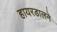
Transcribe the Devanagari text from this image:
हायरडालने